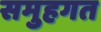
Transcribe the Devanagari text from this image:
समुहगत